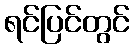
ရင်ပြင်တွင်